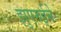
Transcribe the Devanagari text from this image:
झुएरुईने